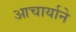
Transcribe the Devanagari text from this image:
आचार्याने